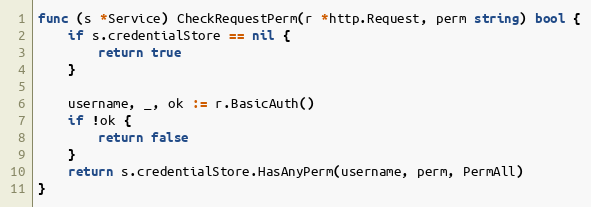
Language: Go
func (s *Service) CheckRequestPerm(r *http.Request, perm string) bool {
	if s.credentialStore == nil {
		return true
	}

	username, _, ok := r.BasicAuth()
	if !ok {
		return false
	}
	return s.credentialStore.HasAnyPerm(username, perm, PermAll)
}